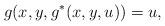
LaTeX: \begin{align*}g(x,y,g^*(x,y,u))=u,\end{align*}